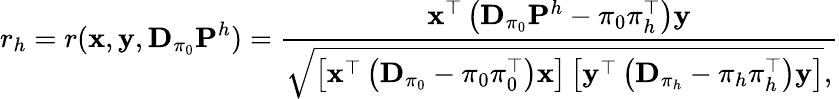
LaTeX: r_{h}=r(\textbf{x},\textbf{y},\mathbf{D}_{\pi_{0}}\mathbf{P}^{h})=\frac{\mathbf{x}^{\top}\left(\mathbf{D}_{\pi_{0}}\mathbf{P}^{h}-\pi_{0}\pi_{h}^{\top}\right)\mathbf{y}}{\sqrt{\left[\mathbf{x}^{\top}\left(\mathbf{D}_{\pi_{0}}-\pi_{0}\pi_{0}^{\top}\right)\mathbf{x}\right]\left[\mathbf{y}^{\top}\left(\mathbf{D}_{\pi_{h}}-\pi_{h}\pi_{h}^{\top}\right)\mathbf{y}\right]},}